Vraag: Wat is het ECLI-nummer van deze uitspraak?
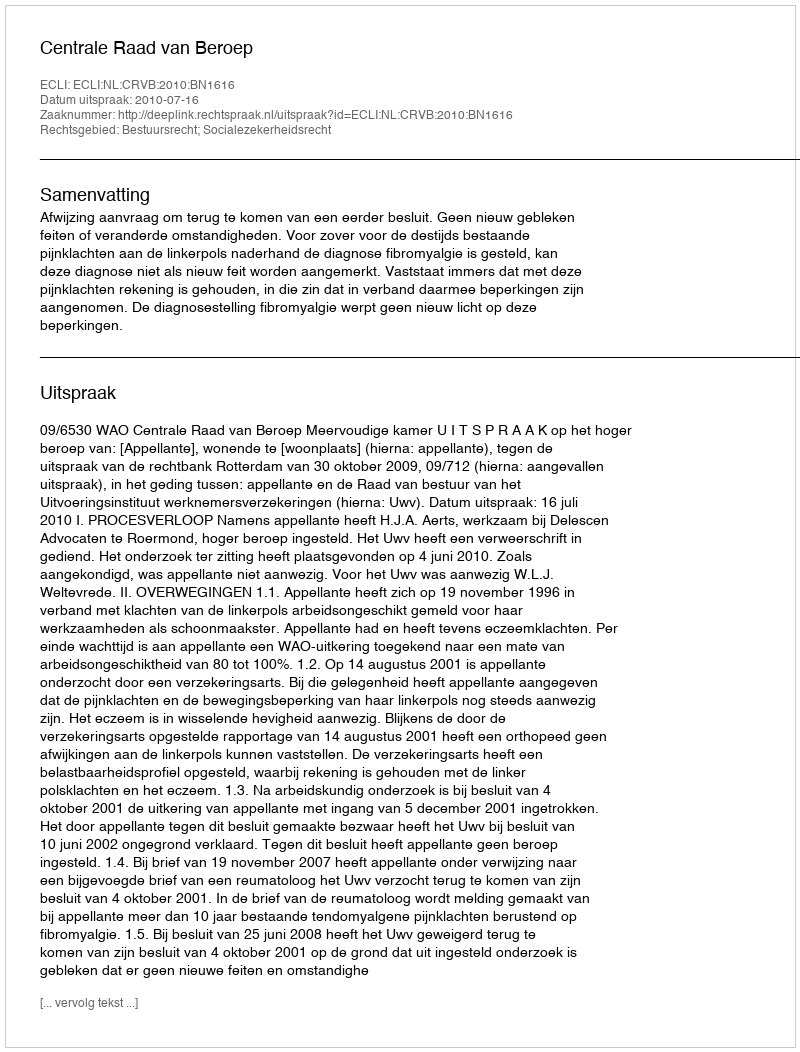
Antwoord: ECLI:NL:CRVB:2010:BN1616